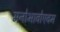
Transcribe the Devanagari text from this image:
मनोभावोएवम